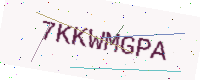
Text: 7KKWMGPA